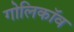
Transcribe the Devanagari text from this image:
गोलिकॉव